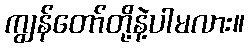
ကျွန်တော်တို့နဲ့ပါမလား။